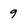
Character: 9